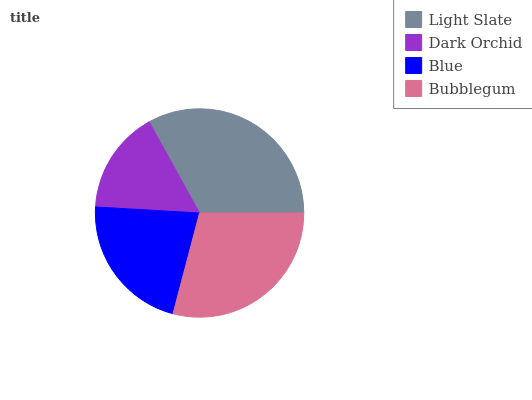
| Light Slate | Dark Orchid | Blue | Bubblegum |
 | --- | --- | --- | --- |
 | 33.1% | 16.1% | 21.8% | 29.1% |